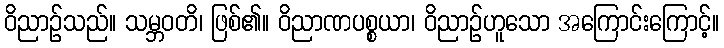
ဝိညာဉ်သည်။ သမ္ဘဝတိ၊ ဖြစ်၏။ ဝိညာဏပစ္စယာ၊ ဝိညာဉ်ဟူသော အကြောင်းကြောင့်။